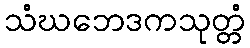
သံဃဘေဒကသုတ္တံ